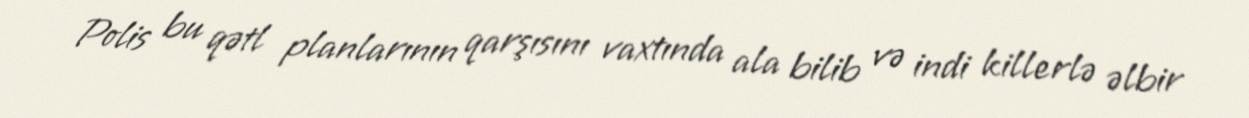
Polis bu qətl planlarının qarşısını vaxtında ala bilib və indi killerlə əlbir